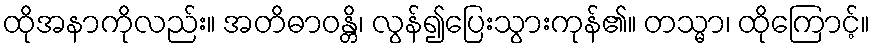
ထိုအနာကိုလည်း။ အတိဓာဝန္တိ၊ လွန်၍ပြေးသွားကုန်၏။ တသ္မာ၊ ထိုကြောင့်။